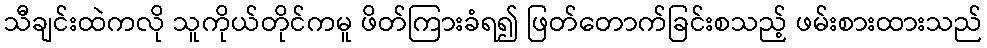
သီချင်းထဲကလို သူကိုယ်တိုင်ကမူ ဖိတ်ကြားခံရ၍ ဖြတ်တောက်ခြင်းစသည့် ဖမ်းစားထားသည်